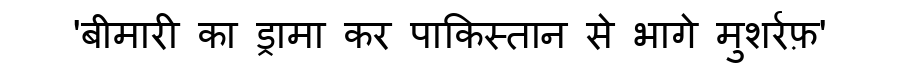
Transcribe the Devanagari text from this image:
'बीमारी का ड्रामा कर पाकिस्तान से भागे मुशर्रफ़'